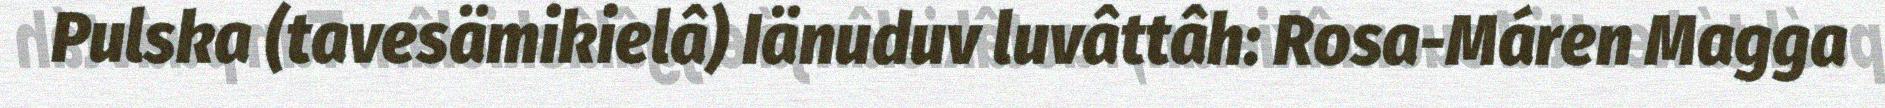
Pulska (tavesämikielâ) Iänuduv luvâttâh: Rosa-Máren Magga